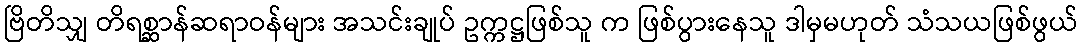
ဗြိတိသျှ တိရစ္ဆာန်ဆရာဝန်များ အသင်းချုပ် ဥက္ကဋ္ဌဖြစ်သူ က ဖြစ်ပွားနေသူ ဒါမှမဟုတ် သံသယဖြစ်ဖွယ်